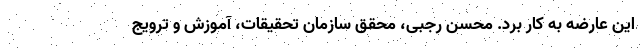
این عارضه به کار برد. محسن رجبی، محقق سازمان تحقیقات، آموزش و ترویج